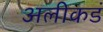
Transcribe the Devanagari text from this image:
अलीकडं